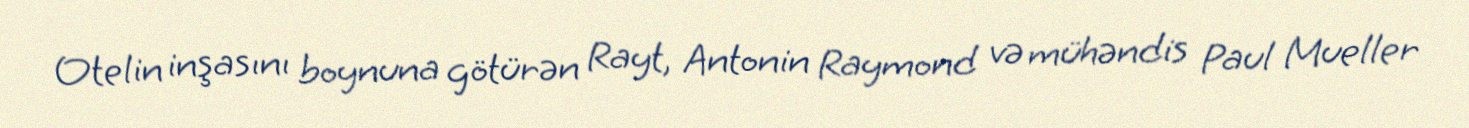
Otelin inşasını boynuna götürən Rayt, Antonin Raymond və mühəndis Paul Mueller